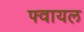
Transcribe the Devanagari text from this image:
फ्वायल